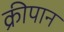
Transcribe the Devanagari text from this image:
क्रीपान